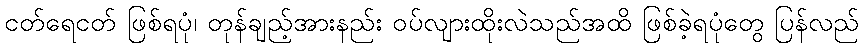
ငတ်ရေငတ် ဖြစ်ရပုံ၊ တုန်ချည့်အားနည်း ဝပ်လျားထိုးလဲသည်အထိ ဖြစ်ခဲ့ရပုံတွေ ပြန်လည်